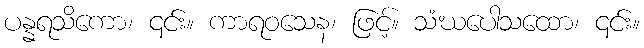
ပန္နရသိကော၊ ၎င်း။ ကာရဝသေန၊ ဖြင့်။ သံဃပေါသထော၊ ၎င်း။